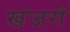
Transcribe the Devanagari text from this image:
ख़ंजरों